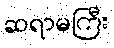
ဆရာမကြီး